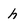
Character: h